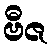
ဗီဇ